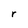
Character: r